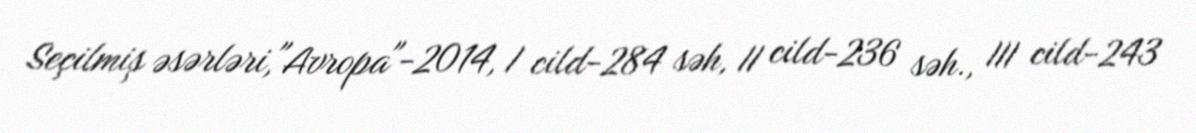
Seçilmiş əsərləri,"Avropa"-2014, I cild-284 səh, II cild-236 səh., III cild-243